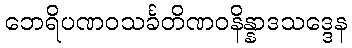
ဘေရိပဏဝသင်္ခတိဏဝနိန္နာဒသဒ္ဒေန